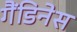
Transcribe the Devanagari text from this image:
गैंडिनेस